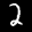
Label: 2